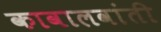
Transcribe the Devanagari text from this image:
कावालवांती